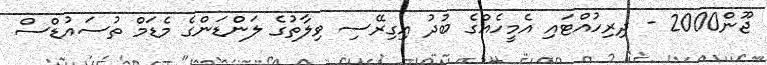
ޖޫން2000 - ދިރިހުއްޓައި އެމީހެއްގެ ބުދު އިގިރޭސި ވިލާތުގެ ލަންޑަންގެ މެޑަމް ތުސައުޑްސް